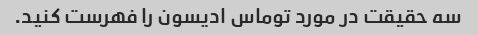
سه حقیقت در مورد توماس ادیسون را فهرست کنید.